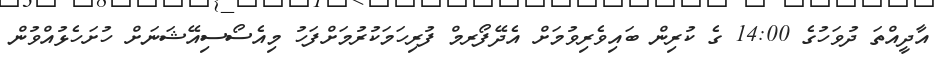
އާދީއްތަ ދުވަހުގެ 14:00 ގެ ކުރިން ބައިވެރިވުމަށް އެދޭފޯރމް ފުރިހަމަކުރުމަށްފަހު މިއެސޯސިއޭޝަނަށް ހުށަހެޅުއްވުން